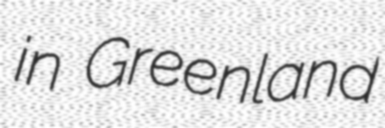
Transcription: in Greenland